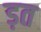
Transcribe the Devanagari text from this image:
ड़त